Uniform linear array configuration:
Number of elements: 48
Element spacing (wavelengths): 0.75
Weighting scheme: exponential
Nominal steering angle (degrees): -60
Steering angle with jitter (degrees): -58.863
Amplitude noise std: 0.05
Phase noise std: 0.05

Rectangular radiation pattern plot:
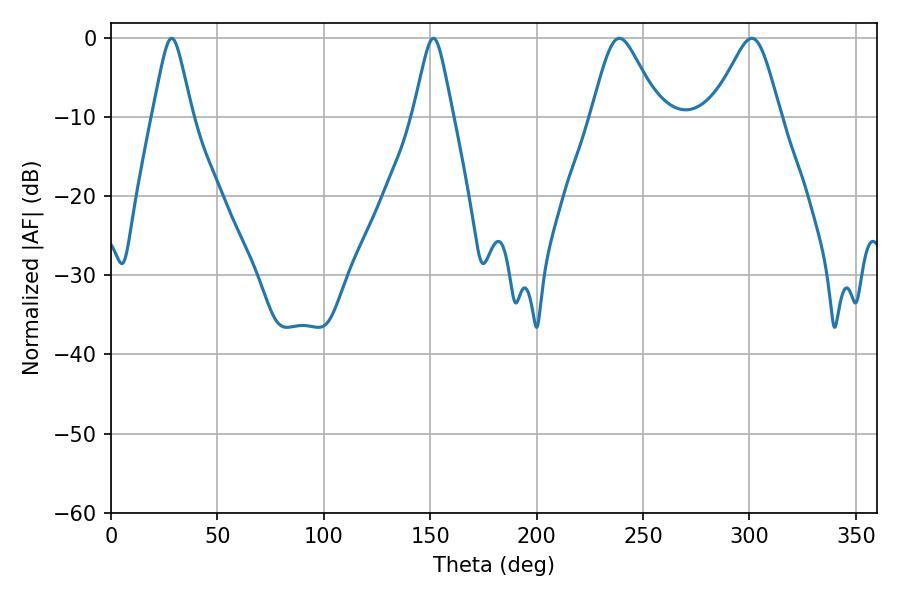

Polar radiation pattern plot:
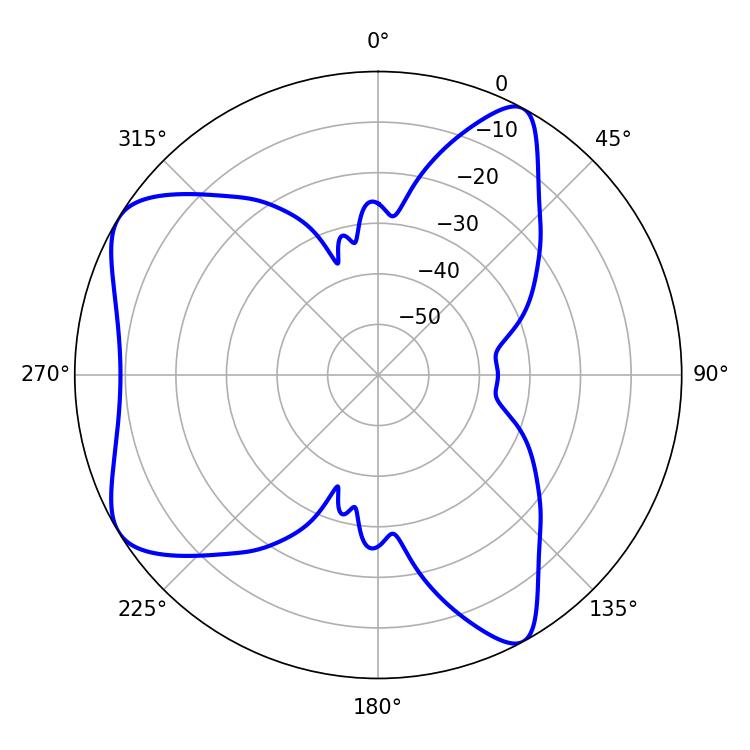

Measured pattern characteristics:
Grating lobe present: TRUE
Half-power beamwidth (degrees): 15.48
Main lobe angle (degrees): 238.86